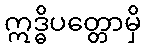
ဣဒ္ဓိပတ္တောမှိ